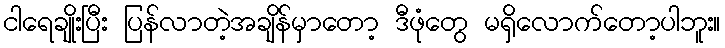
ငါရေချိုးပြီး ပြန်လာတဲ့အချိန်မှာတော့ ဒီဖုံတွေ မရှိလောက်တော့ပါဘူး။